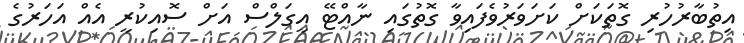
އިތުބާރުހުރި ގޮތަކަށް ކަށަވަރުވެފައިވާ ގޮތުގައި ނާއްޓޭ އީގަލްސް އަށް ސޮއިކުރީ އެއް އަހަރުގެ